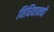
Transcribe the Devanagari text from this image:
विधिवाक्यों